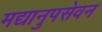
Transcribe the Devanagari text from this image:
मद्यानुपसेवन